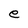
Character: e